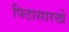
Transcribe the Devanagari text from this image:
पिठासारखे